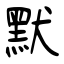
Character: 默